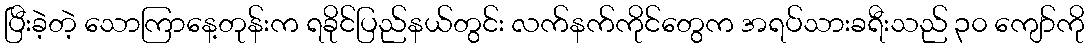
ပြီးခဲ့တဲ့ သောကြာနေ့တုန်းက ရခိုင်ပြည်နယ်တွင်း လက်နက်ကိုင်တွေက အရပ်သားခရီးသည် ၃၀ ကျော်ကို